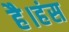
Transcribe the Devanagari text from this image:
है।हंस